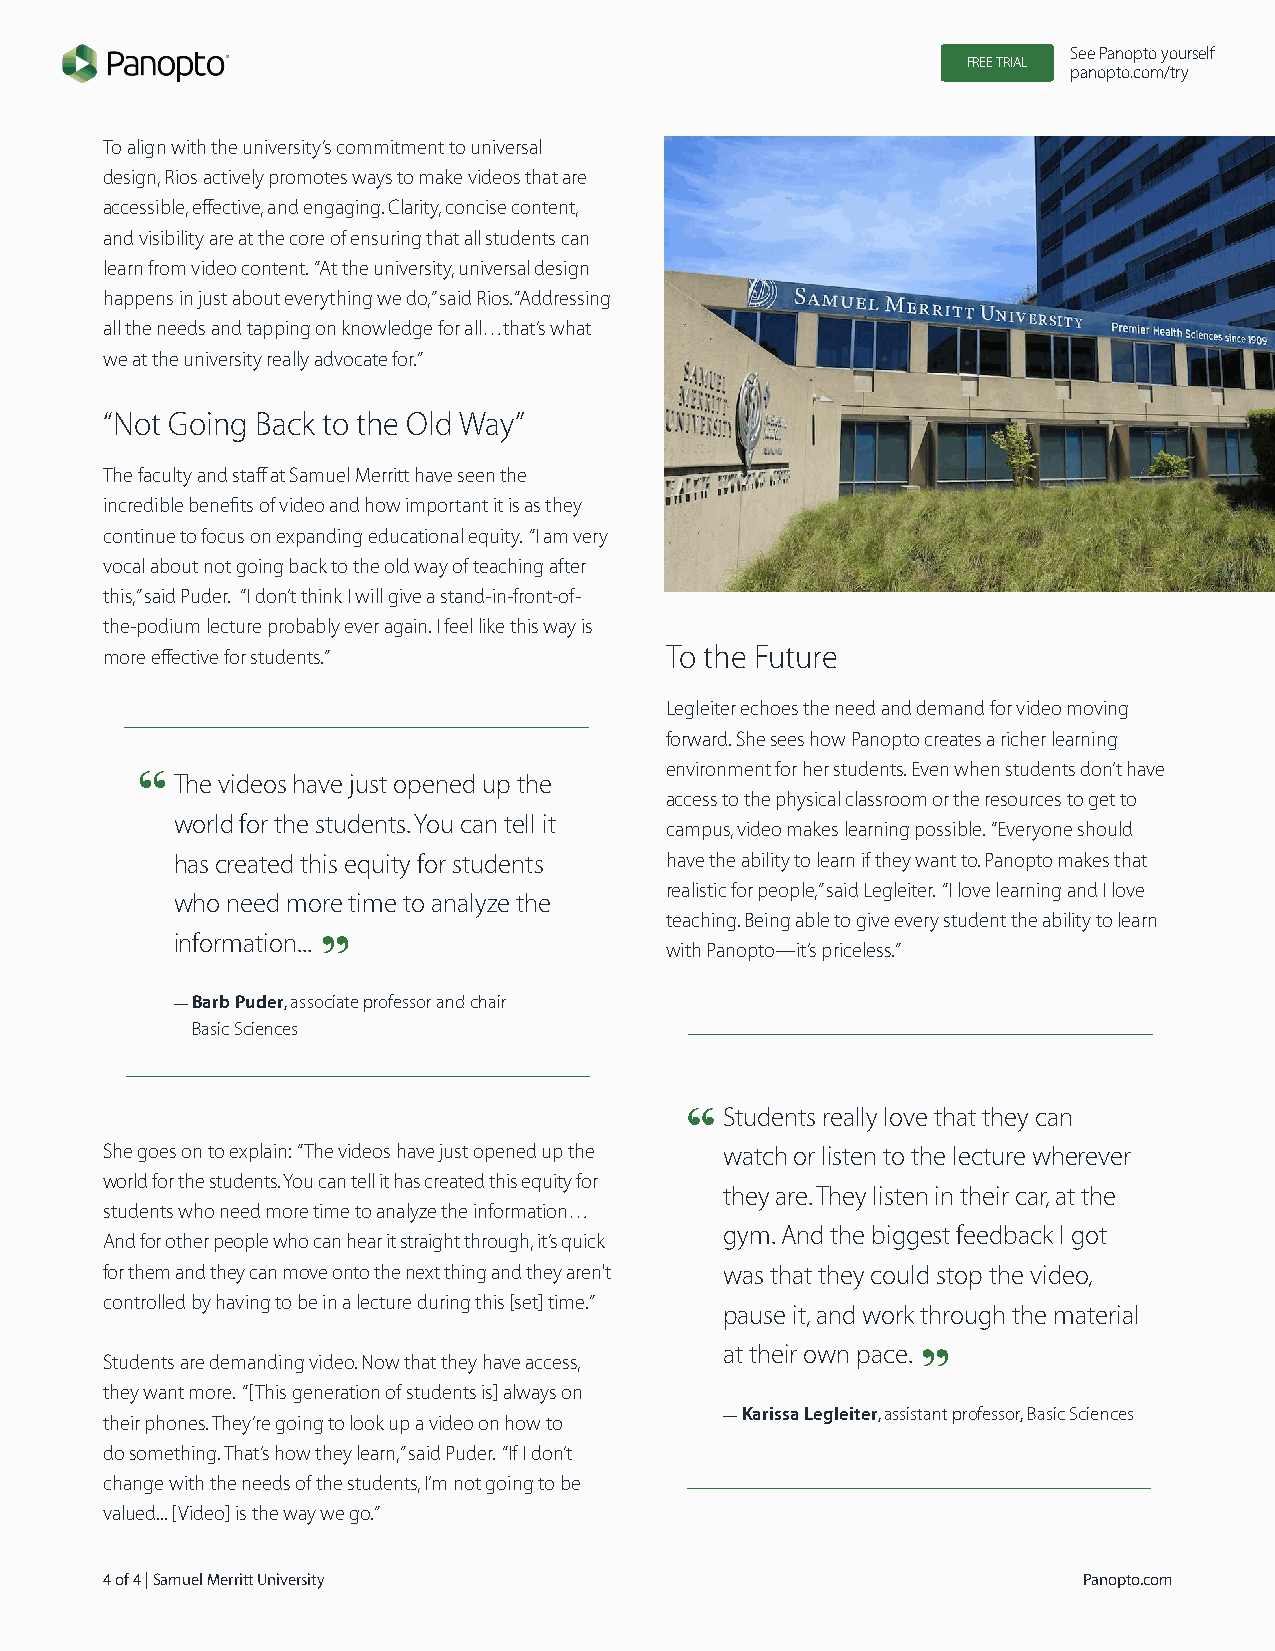
See Panopto yourself
 FREE TRIAL
 panopto.com/try
 To align with the university’s commitment to universal
 design, Rios actively promotes ways to make videos that are
 accessible, effective, and engaging. Clarity, concise content,
 and visibility are at the core of ensuring that all students can
 learn from video content. “At the university, universal design
 happens in just about everything we do,” said Rios. “Addressing
 all the needs and tapping on knowledge for all…that’s what
 we at the university really advocate for.”
 “Not Going Back to the Old Way”
 The faculty and staff at Samuel Merritt have seen the
 incredible benefits of video and how important it is as they
 continue to focus on expanding educational equity. “I am very
 vocal about not going back to the old way of teaching after
 this,” said Puder. “I don’t think I will give a stand-in-front-of-
 the-podium lecture probably ever again. I feel like this way is
 more effective for students.”        To the Future
 Legleiter echoes the need and demand for video moving
 forward. She sees how Panopto creates a richer learning
 environment for her students. Even when students don’t have
 The videos have just opened up the
 access to the physical classroom or the resources to get to
 world for the students. You can tell it
 campus, video makes learning possible. “Everyone should
 has created this equity for students have the ability to learn if they want to. Panopto makes that
 realistic for people,” said Legleiter. “I love learning and I love
 who need more time to analyze the
 teaching. Being able to give every student the ability to learn
 information...
 with Panopto—it’s priceless.”
 — B arb Puder, associate professor and chair
 Basic Sciences
 Students really love that they can
 She goes on to explain: “The videos have just opened up the watch or listen to the lecture wherever
 world for the students. You can tell it has created this equity for
 they are. They listen in their car, at the
 students who need more time to analyze the information…
 gym. And the biggest feedback I got
 And for other people who can hear it straight through, it’s quick
 for them and they can move onto the next thing and they aren't was that they could stop the video,
 controlled by having to be in a lecture during this [set] time.”
 pause it, and work through the material
 at their own pace.
 Students are demanding video. Now that they have access,
 they want more. “[This generation of students is] always on
 — K arissa Legleiter, assistant professor, Basic Sciences
 their phones. They’re going to look up a video on how to
 do something. That’s how they learn,” said Puder. “If I don’t
 change with the needs of the students, I’m not going to be
 valued... [Video] is the way we go.”
 4 of 4 | Samuel Merritt University                               Panopto.com